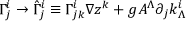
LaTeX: \Gamma _ { j } ^ { i } \rightarrow \hat { \Gamma } _ { j } ^ { i } \equiv \Gamma _ { j k } ^ { i } \nabla z ^ { k } + g A ^ { \Lambda } \partial _ { j } k _ { \Lambda } ^ { i }